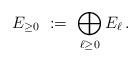
LaTeX: \begin{align*} E_{\ge0} \ := \ \bigoplus_{\ell\ge0 } E_\ell \,.\end{align*}